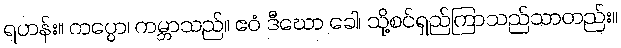
ရဟန်း။ ကပ္ပော၊ ကမ္ဘာသည်။ ဧဝံ ဒီဃော ခေါ၊ သို့စင်ရှည်ကြာသည်သာတည်း။